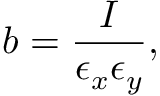
b = \frac { I } { \epsilon _ { x } \epsilon _ { y } } ,